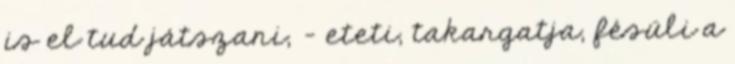
is el tud játszani, - eteti, takargatja, fésüli a